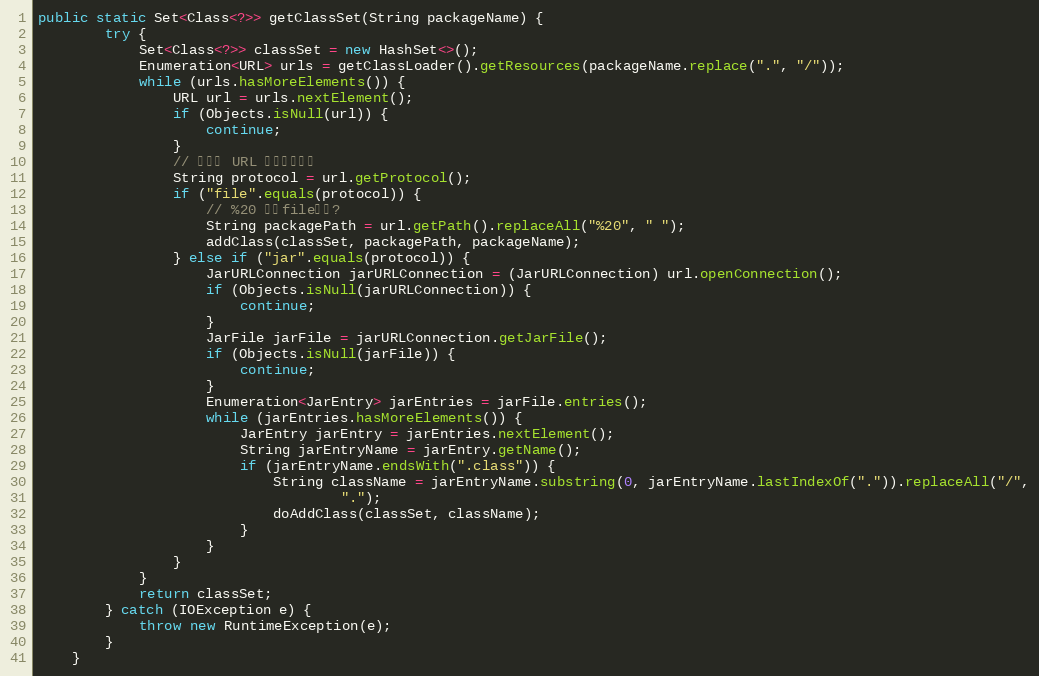
Language: Java
public static Set<Class<?>> getClassSet(String packageName) {
        try {
            Set<Class<?>> classSet = new HashSet<>();
            Enumeration<URL> urls = getClassLoader().getResources(packageName.replace(".", "/"));
            while (urls.hasMoreElements()) {
                URL url = urls.nextElement();
                if (Objects.isNull(url)) {
                    continue;
                }
                // 获取此 URL 的协议名称。
                String protocol = url.getProtocol();
                if ("file".equals(protocol)) {
                    // %20 表示file协议?
                    String packagePath = url.getPath().replaceAll("%20", " ");
                    addClass(classSet, packagePath, packageName);
                } else if ("jar".equals(protocol)) {
                    JarURLConnection jarURLConnection = (JarURLConnection) url.openConnection();
                    if (Objects.isNull(jarURLConnection)) {
                        continue;
                    }
                    JarFile jarFile = jarURLConnection.getJarFile();
                    if (Objects.isNull(jarFile)) {
                        continue;
                    }
                    Enumeration<JarEntry> jarEntries = jarFile.entries();
                    while (jarEntries.hasMoreElements()) {
                        JarEntry jarEntry = jarEntries.nextElement();
                        String jarEntryName = jarEntry.getName();
                        if (jarEntryName.endsWith(".class")) {
                            String className = jarEntryName.substring(0, jarEntryName.lastIndexOf(".")).replaceAll("/",
                                    ".");
                            doAddClass(classSet, className);
                        }
                    }
                }
            }
            return classSet;
        } catch (IOException e) {
            throw new RuntimeException(e);
        }
    }